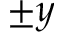
\pm y